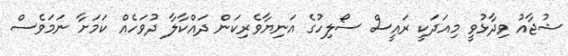
ޝުޖާއު ވިދާޅުވީ މިއަދަކީ ރައީސް ސޯލިހުގެ އަނިޔާވެރިކަން ދައްކާލާ ދުވަހެއް ކަމަށާ ނަމަވެސް